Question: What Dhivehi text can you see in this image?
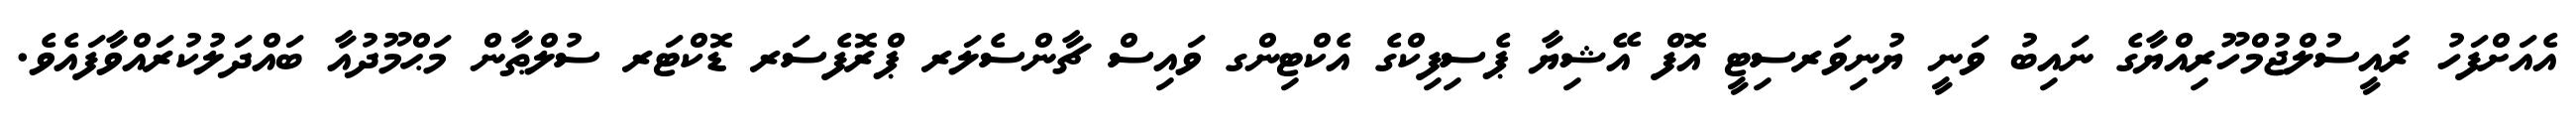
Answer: އެއަށްފަހު ރައީސުލްޖުމްހޫރިއްޔާގެ ނައިބު ވަނީ ޔުނިވަރސިޓީ އޮފް އޭޝިޔާ ޕެސިފިކްގެ އެކްޓިންގ ވައިސް ޗާންސެލަރ ޕްރޮފެސަރ ޑޮކްޓަރ ސުލްޠާން މަޙްމޫދުއާ ބައްދަލުކުރައްވާފައެވެ.